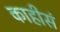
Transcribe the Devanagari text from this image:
काहीसं